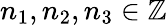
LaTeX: n_{1},n_{2},n_{3}\in\mathbb{Z}